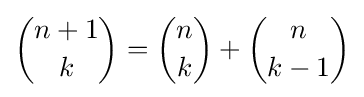
{\binom {n+1}{k}}={\binom {n}{k}}+{\binom {n}{k-1}}